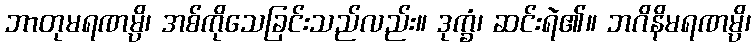
ဘာတုမရဏမ္ပိ၊ အစ်ကိုသေခြင်းသည်လည်း။ ဒုက္ခံ၊ ဆင်းရဲ၏။ ဘဂိနိမရဏမ္ပိ၊